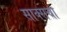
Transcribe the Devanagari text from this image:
साक्सचा